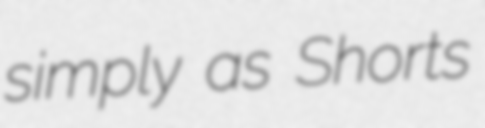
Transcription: simply as Shorts